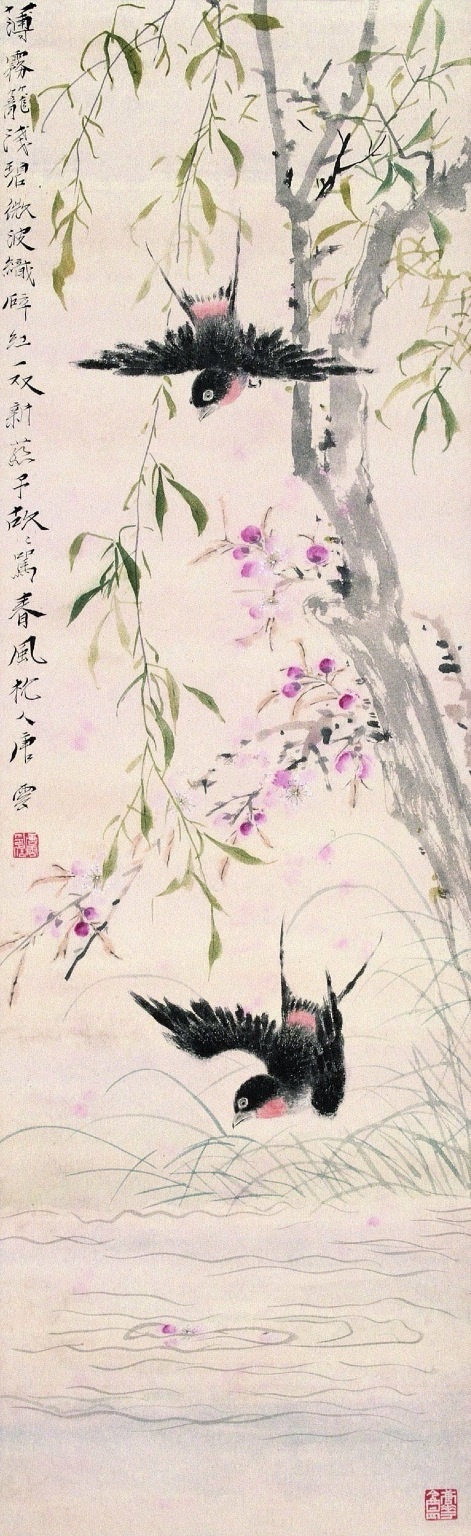
兰溪三日桃花雨，半夜鲤鱼来上滩。